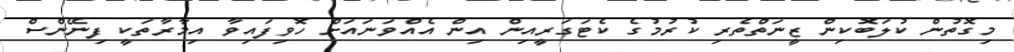
މިގޮތުން ކުލަބޮކިން ޒީނަތްތެރި ކުރުމުގެ ކެޓަގަރީއިން އިން އެއްވަނައަށް ހޮވިފައިވާ އިމާރާތަކީ ފިނޭންސް